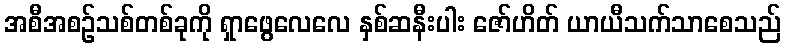
အစီအစဉ်သစ်တစ်ခုကို ရှာဖွေလေလေ နှစ်ဆနီးပါး ဇော်ဟိတ် ယာယီသက်သာစေသည်